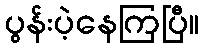
ပွန်းပဲ့နေကြပြီ။